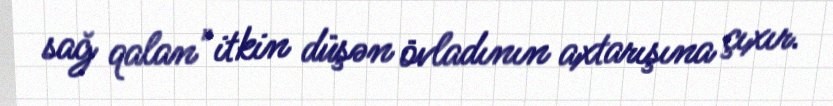
sağ qalan" itkin düşən övladının axtarışına çıxır.